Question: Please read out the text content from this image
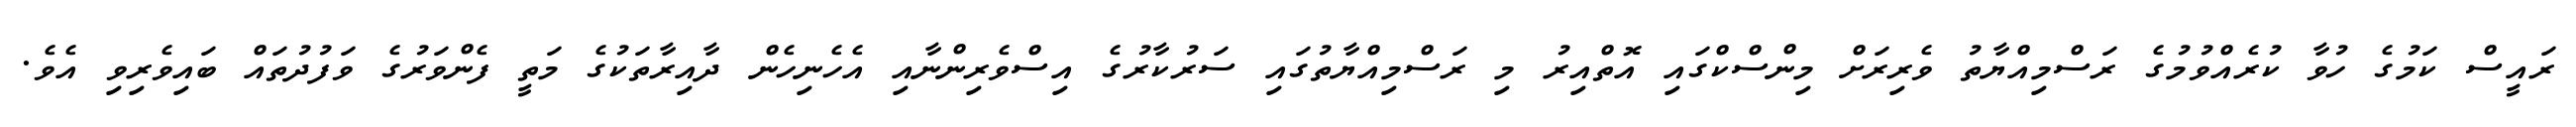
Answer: ރައީސް ކަމުގެ ހުވާ ކުރެއްވުމުގެ ރަސްމިއްޔާތު ވެރިރަށް މިންސްކްގައި އޮތްއިރު މި ރަސްމިއްޔާތުގައި ސަރުކާރުގެ އިސްވެރިންނާއި އެހެނިހެން ދާއިރާތަކުގެ މަތީ ފެންވަރުގެ ވަފުދުތައް ބައިވެރިވި އެވެ.